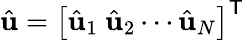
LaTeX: \hat{\mathbf{u}}=\left[\hat{\mathbf{u}}_{1}~\hat{\mathbf{u}}_{2}\cdots\hat{\mathbf{u}}_{N}\right]^{\mathsf{T}}